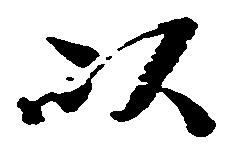
以